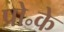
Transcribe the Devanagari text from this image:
प्रो॰के